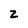
Character: 2